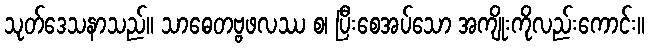
သုတ်ဒေသနာသည်။ သာဓေတဗ္ဗဖလဿ စ၊ ပြီးစေအပ်သော အကျိုးကိုလည်းကောင်း။